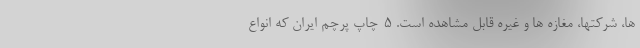
ها، شرکتها، مغازه ها و غیره قابل مشاهده است. 5-چاپ پرچم ایران که انواع